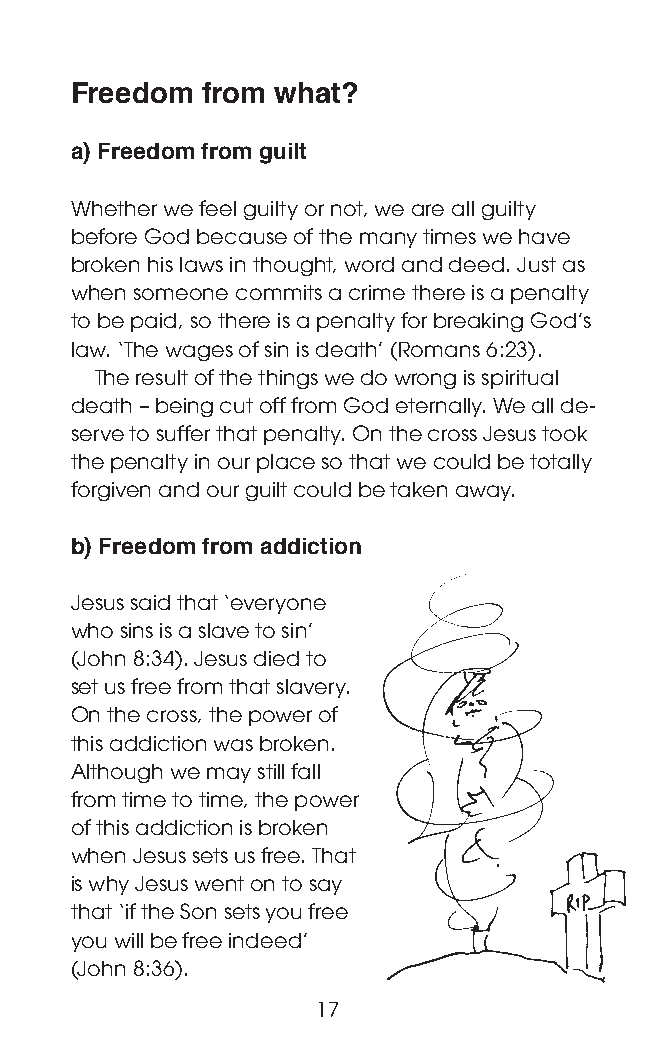
Freedom from what?
 a) Freedom from guilt
 Whether we feel guilty or not, we are all guilty
 before God because of the many times we have
 broken his laws in thought, word and deed. Just as
 when someone commits a crime there is a penalty
 to be paid, so there is a penalty for breaking God’s
 law. ‘The wages of sin is death’ (Romans 6:23).
 The result of the things we do wrong is spiritual
 death – being cut off from God eternally. We all de-
 serve to suffer that penalty. On the cross Jesus took
 the penalty in our place so that we could be totally
 forgiven and our guilt could be taken away.
 b) Freedom from addiction
 Jesus said that ‘everyone
 who sins is a slave to sin’
 (John 8:34). Jesus died to
 set us free from that slavery.
 On the cross, the power of
 this addiction was broken.
 Although we may still fall
 from time to time, the power
 of this addiction is broken
 when Jesus sets us free. That
 is why Jesus went on to say
 that ‘if the Son sets you free
 you will be free indeed’
 (John 8:36).
 17